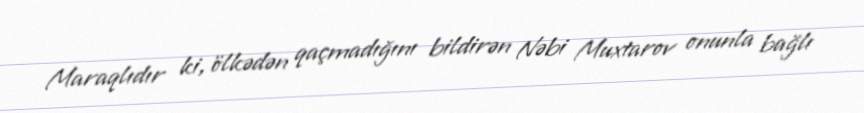
Maraqlıdır ki, ölkədən qaçmadığını bildirən Nəbi Muxtarov onunla bağlı